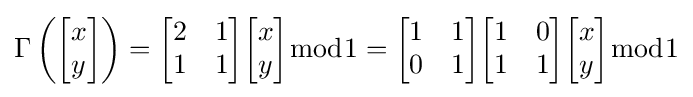
\Gamma \left({\begin{bmatrix}x\\y\end{bmatrix}}\right)={\begin{bmatrix}2&1\\1&1\end{bmatrix}}{\begin{bmatrix}x\\y\end{bmatrix}}{\bmod {1}}={\begin{bmatrix}1&1\\0&1\end{bmatrix}}{\begin{bmatrix}1&0\\1&1\end{bmatrix}}{\begin{bmatrix}x\\y\end{bmatrix}}{\bmod {1}}